Vaccination in the Punjab 1919-1929 - 1919-1929
Year: 1919
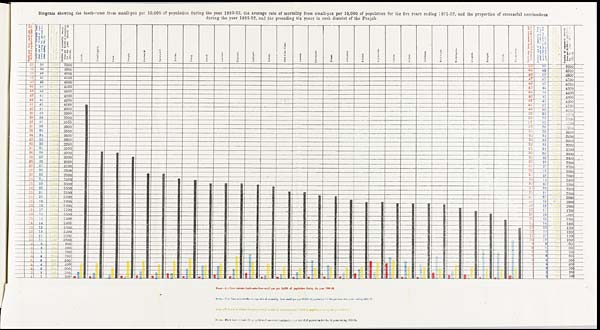
Diagram showing the death-rates from small-pox per 10,000 of population during the year 1922-23, the average rate of mortality from small-pox per 10,000 of population for the five years ending 1921-22, and the proportion of successful vaccinations
during the year 1922-23 and the preceding six years in each district of the Punjab.